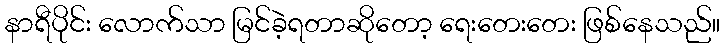
နာရီပိုင်း လောက်သာ မြင်ခဲ့ရတာဆိုတော့ ရေးတေးတေး ဖြစ်နေသည်။